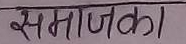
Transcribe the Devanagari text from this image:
समाजका